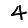
Digit: 4